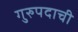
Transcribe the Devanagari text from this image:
गुरुपदाची